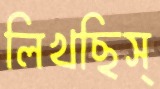
লিখছিস্